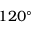
1 2 0 ^ { \circ }